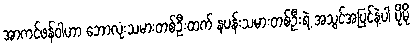
အာကင်ဖန်ဝါဟာ ဘောလုံးသမားတစ်ဦးထက် နပန်းသမားတစ်ဦးရဲ့ အသွင်အပြင်နဲ့ပါ ပိုမို